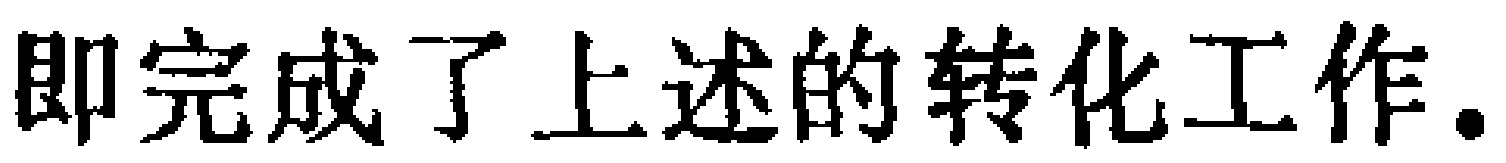
即完成了上述的转化工作.